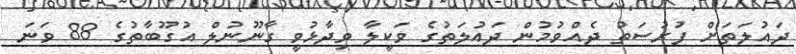
ދައުލަތަށް ފުރުސަތު ދެއްވުމުން ދައުލަތުގެ ވަކީލާ ވިދާޅުވީ ގާނޫނުލް އުގޫބާތުގެ 88 ވަނަ